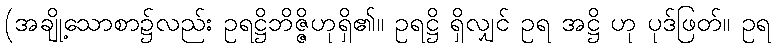
(အချို့သောစာ၌လည်း ဥရဋ္ဌိဘိဇ္ဇိဟုရှိ၏။ ဥရဋ္ဌိ ရှိလျှင် ဥရ အဋ္ဌိ ဟု ပုဒ်ဖြတ်။ ဥရ